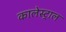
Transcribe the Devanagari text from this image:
कालेस्ट्राल